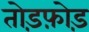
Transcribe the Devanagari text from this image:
तोड़फ़ोड़